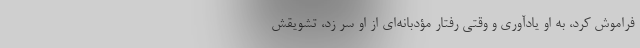
فراموش کرد، به او یادآوری و وقتی رفتار مؤدبانه‌ای از او سر زد، تشویقش